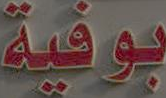
بوفية